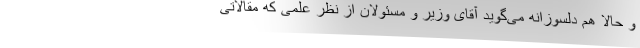
و حالا هم دلسوزانه می‌گوید آقای وزیر و مسئولان از نظر علمی که مقالاتی